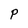
Character: p